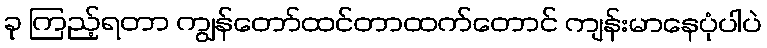
ခု ကြည့်ရတာ ကျွန်တော်ထင်တာထက်တောင် ကျန်းမာနေပုံပါပဲ